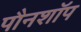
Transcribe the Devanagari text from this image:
पौनशॉप